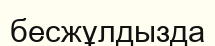
бесжұлдызда